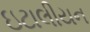
ઇટાલીયન